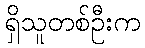
ရှိသူတစ်ဦးက